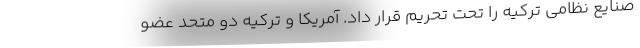
صنایع نظامی ترکیه را تحت تحریم قرار داد. آمریکا و ترکیه دو متحد عضو